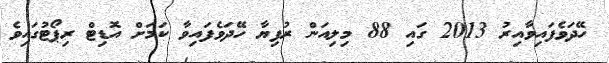
ހޭދަވެފައިވާއިރު 2013 ގައި 88 މިލިއަން ރުފިޔާ ހޭދަވެފައިވާ ކަމަށް އޮޑިޓް ރިޕޯޓުގައިވެ